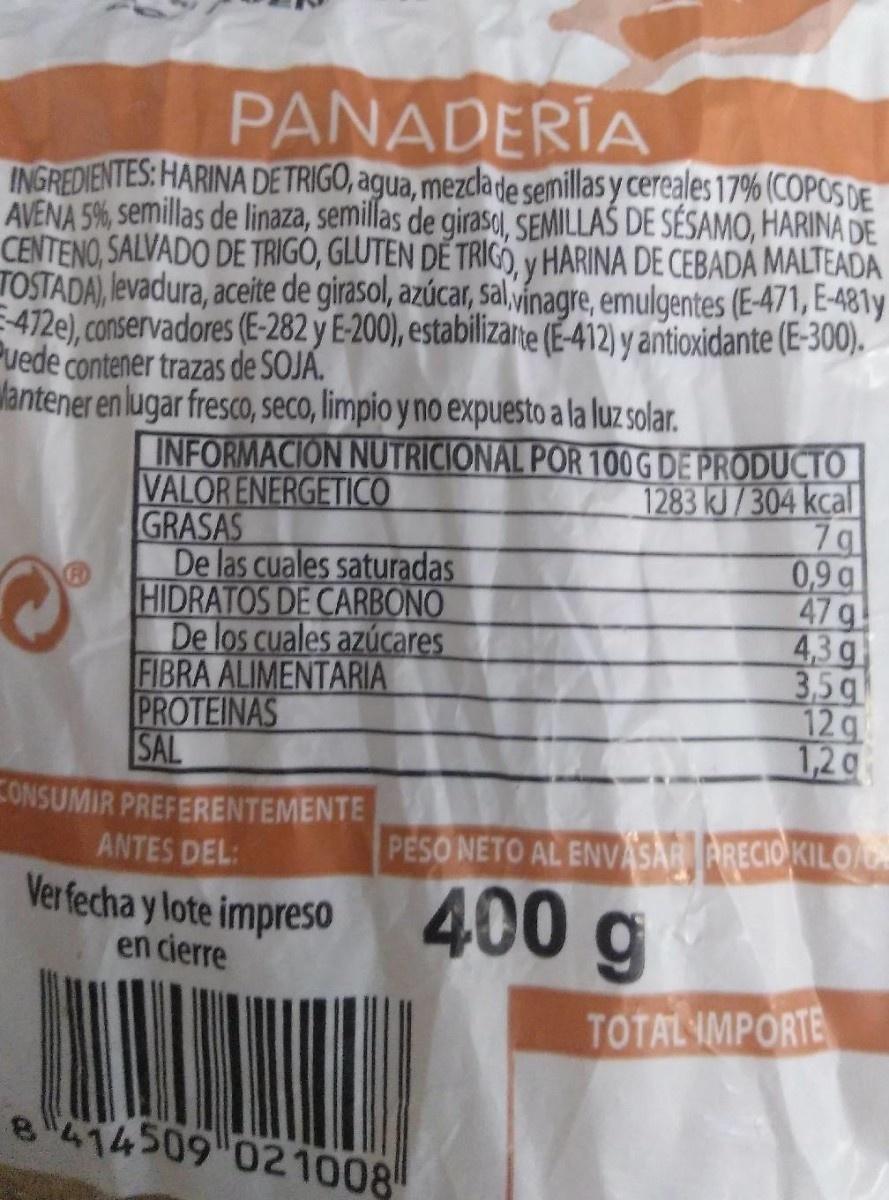
PANADERÍA
INGREDIENTES: HARINA DE TRIGO, agua, mezcla de semillas y cereales 17% (COPOS DE AVENA 5%, semillas de linaza, semillas de giraso, SEMILLAS DE SÉSAMO, HARINA DE CENTENO, SALVADO DE TRIGO, GLUTEN DE TRIGO, y HARINA DE CEBADĂ MALTEADA TOSTADA), levadura, aceite de girasol, azúcar, sal vinagre, emulgentes (E-471, E-481y 472e), conservadores (E-282 y E-200), estabilizate (E-412) y antioxidante (E-300). Puede contener trazas de SOJA. lantener en lugar fresCO, seco, limpio y no expuesto a la luz solar.
INFORMACION NUTRICIONAL POR 100G DE PRODUCTO VALORENERGETICO GRASAS De las cuales saturadas HIDRATOS DE CARBONO De los cuales azúcares FIBRA ALIMENTARIA PROTEINAS SAL
1283 kJ/304 kcal 7g 0,9g 47 g 4,3 g 3,5g 12g 1,2g
CONSUMIR PREFERENTEMENTE
ANTES DEL:
PESO NETO AL ENVASAR ARECIO KILOA
Ver fecha y lote impreso en cierre
400g
TOTAL IMPORTE
e414509 021008